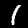
Digit: 1